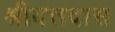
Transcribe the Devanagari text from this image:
श्रीदत्तदास